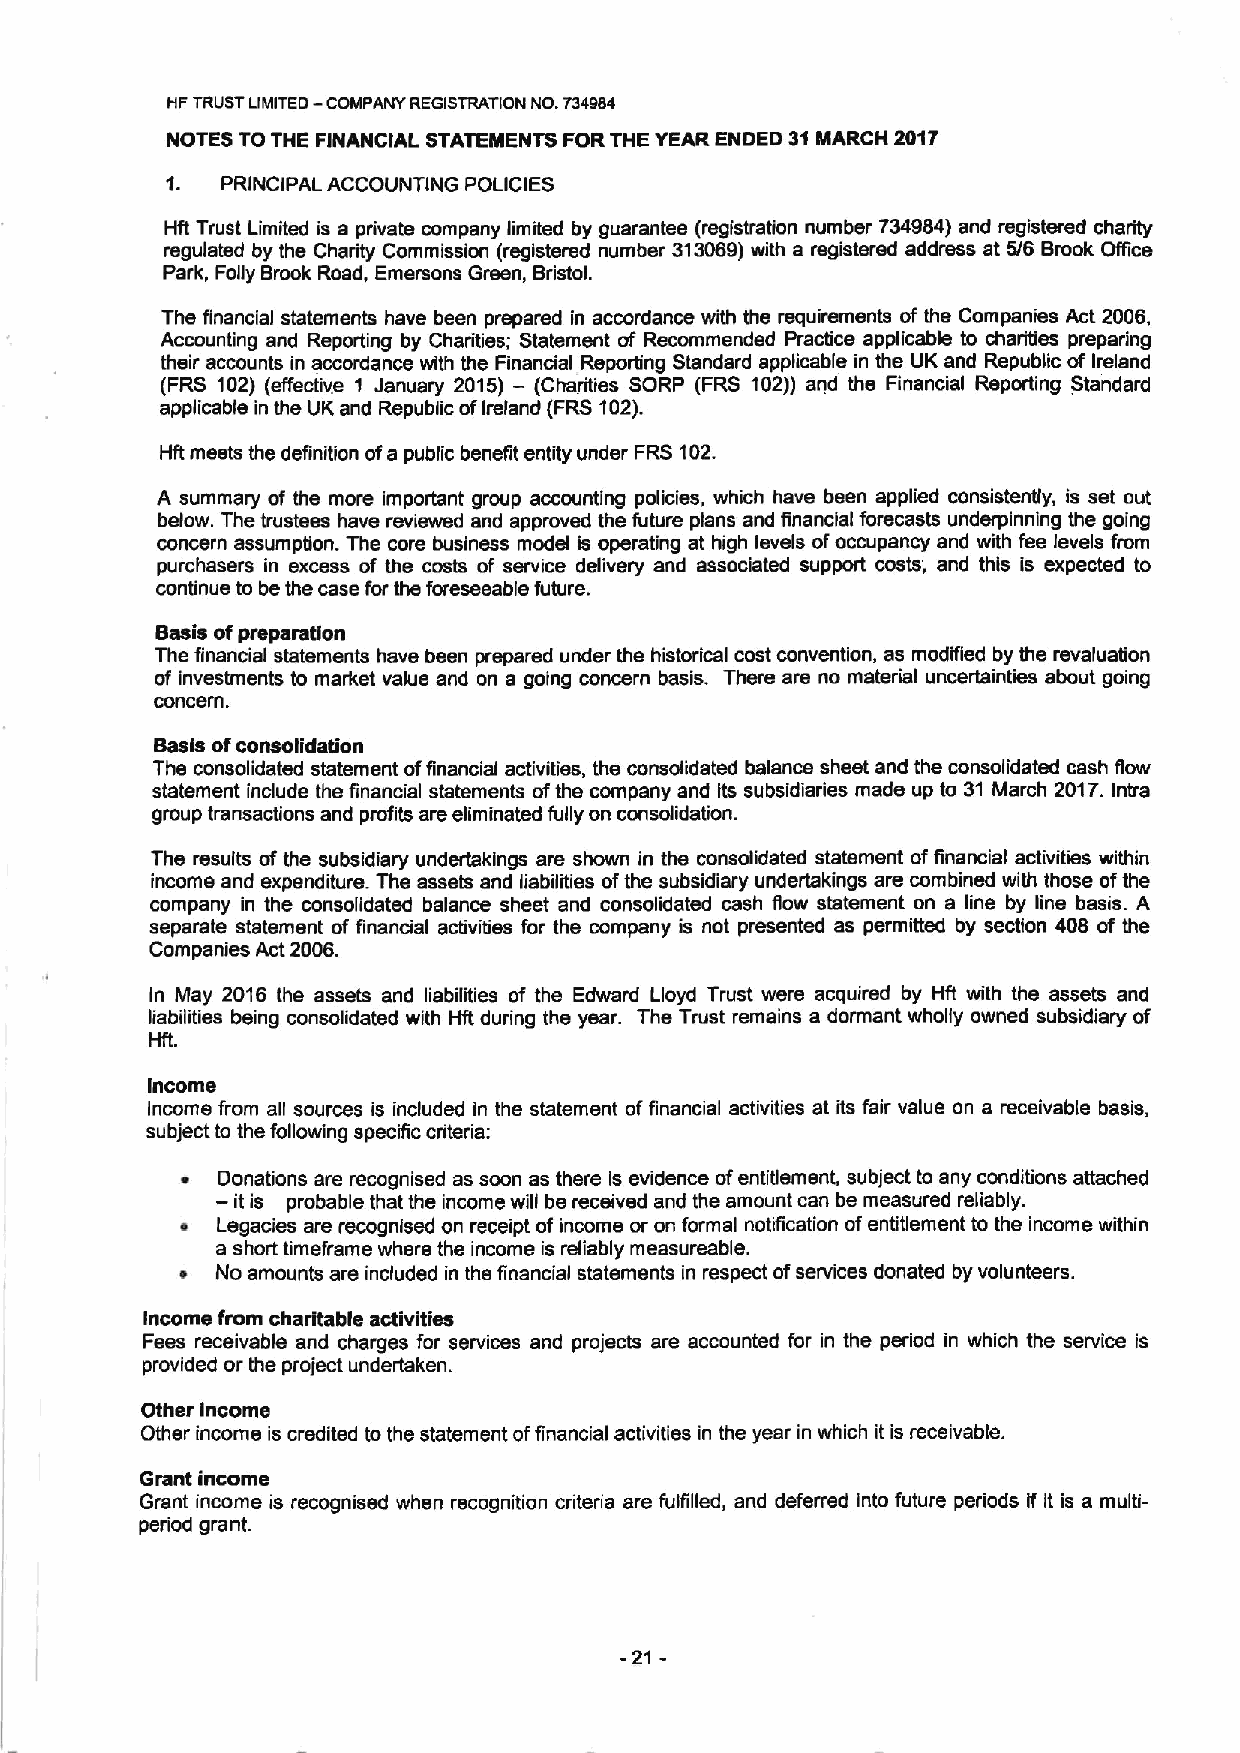
HP TRUSTLIMITEO — COMPANY REGISTRATION NO.734984
 NOTES TO THE FINANCIAL STATEMENTS FORTHE YEAR ENDED 31MARCH 2017
 'I. PRINCIPAL ACCOUNTING POLICIES
 Hit Trust Limited is a private company limited by guarantee (registration number 734984) and registered charity
 regulated by the Charity Commission (registered number 313069)with a registered address at $6 Brook Olfice
 Park, Folly Brook Road, Emersons Green, Bristol.
 The financial statements have been prepared in accordance with the requirements of the Companies Act 2006,
 Accounting and Reporting by Charities; Statement of Recommended Practice applicable to charities preparing
 their accounts in accordance with the Financial Reporting Standard applicable in the UK and Republic of Ireland
 (FRs 102) (effective 1 January 2016) —(charities soRP (FRs 102)) and the Financial Reporting standard
 applicable in the UK and Republic ofIreland (FRS102).
 Hft meets the definition ofa public benefit entity under FRS 102.
 A summary of the more important group accounting policies, which have been applied consistently, is set out
 below. The trustees have reviewed and approved the future plans and financial forecasts underpinning the going
 coreern assumption. The core business model is operating at high levels ofoccupancy and with fee levels from
 purchasers in excess of the costs of service delivery and associated support costs, and this is expected to
 continue to be the case for the foreseeable future.
 concern.
 Basis ofpreparation
 The financial statements have been prepared under the historical cost convention, as modified by the revaluation
 of Investments to market value and on a going concern basis. There are no material uncertainties about going
 Basis ofconsolidation
 The consolidated statement offinancial activities, the consolidated balance sheet and the consolidated cash flow
 statement include the financial statements ofthe company and Its subsidiaries made up to 31 March 2017.Intra
 group transactions and profits are eliminated fully on consolidation.
 The results ofthe subsidiary undertakings are shown in the consolidated statement offinancial activities within
 income and expenditure. The assets and liabilities ofthe subsidiary undertakings are combined with those ofthe
 company in the consolidated balance sheet and consolidated cash flow statement on a line by line basis. A
 separate statement of financial activities for the company is not presented as permitted by section 408 of the
 Companies Act 2006.
 In May 2016 the assets and liabilities of the Edward Lloyd Trust were acquired by Hft with the assets and
 liabilities being consolidated with HR during the year. The Trust remains a dormant wholly owned subsidiary of
 Hft.
 Income
 Income from all sources is included in the statement offinancial activities at its fair value on a receivable basis,
 subject to the following specific criteria:
 ~ Donations are recognised as soon as there is evidence ofentitlement, subject to any conditions attached
 — it is probable that the income will be received and the amount can be measured reliably.
 ~ Legacies are recognised on receipt of income or on formal notBcation ofentitlement to the income within
 a short timeframe where the income is reliably measureable.
 ~ No amounts are included in the financial statements in respect ofservices donated by volunteers.
 Income from charitable activities
 Fees receivable and charges for services and projects are accounted for in the period in which the service is
 provided or the project undertaken.
 Other Income
 Other income is credited to the statement offinancial activities in the year in which it is receivable.
 Grant income
 Grant income is recognised when recognition criteria are fulfilled, and deferred into future periods if it is a multi-
 period grant.
 -21-